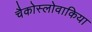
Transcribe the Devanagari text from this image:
चैकोस्लोवाकिया